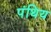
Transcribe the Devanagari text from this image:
पंथिय